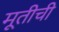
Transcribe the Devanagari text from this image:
मूतीची